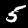
Label: 5